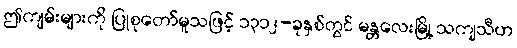
ဤကျမ်းများကို ပြုစုတော်မူသဖြင့် ၁၃၁၂-ခုနှစ်တွင် မန္တလေးမြို့ သကျသီဟ